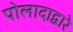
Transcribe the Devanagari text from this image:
पोलादाद्वारे